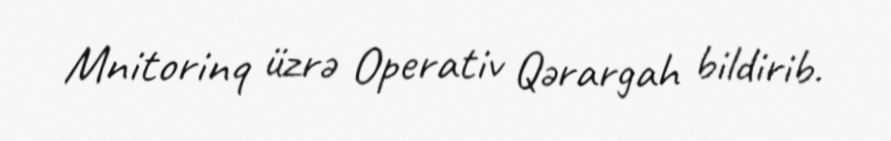
Mnitorinq üzrə Operativ Qərargah bildirib.